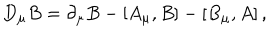
LaTeX: D _ { \mu } B = \partial _ { \mu } B - \left[ A _ { \mu } , B \right] - \left[ B _ { \mu } , A \right] ,